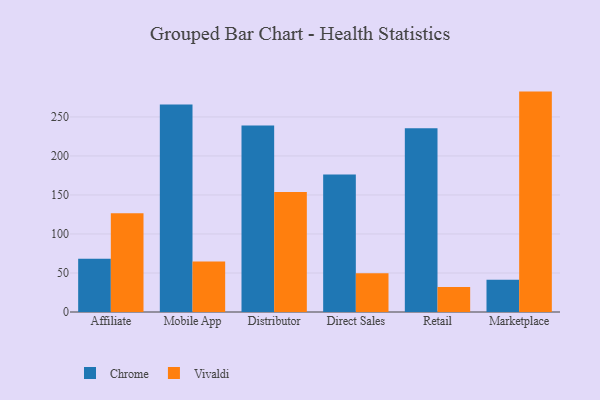
{"axis": {"x": "Channel", "y": "Operating Costs (USD K)"}, "legend": ["Chrome", "Vivaldi"], "data": [{"x": "Affiliate", "y": 68.2, "type": "Chrome"}, {"x": "Affiliate", "y": 126.6, "type": "Vivaldi"}, {"x": "Mobile App", "y": 266.0, "type": "Chrome"}, {"x": "Mobile App", "y": 64.7, "type": "Vivaldi"}, {"x": "Distributor", "y": 239.1, "type": "Chrome"}, {"x": "Distributor", "y": 153.9, "type": "Vivaldi"}, {"x": "Direct Sales", "y": 176.2, "type": "Chrome"}, {"x": "Direct Sales", "y": 49.6, "type": "Vivaldi"}, {"x": "Retail", "y": 235.4, "type": "Chrome"}, {"x": "Retail", "y": 31.9, "type": "Vivaldi"}, {"x": "Marketplace", "y": 41.2, "type": "Chrome"}, {"x": "Marketplace", "y": 282.5, "type": "Vivaldi"}]}